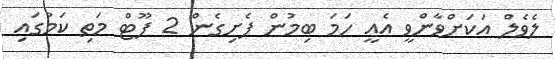
ލެވެލް އަކަށްވާންވީ އެއީ ހަމަ ބިމުން ފެށިގެން 2 ފޫޓް މަތި ކަމުގައި